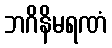
ဘဂိနိမရဏံ